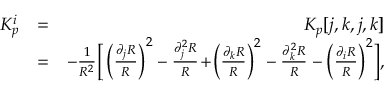
\begin{array} { r l r } { K _ { p } ^ { i } } & { = } & { K _ { p } [ j , k , j , k ] } \\ & { = } & { - \frac { 1 } { R ^ { 2 } } \bigg [ \left( \frac { \partial _ { j } R } { R } \right) ^ { 2 } - \frac { \partial _ { j } ^ { 2 } R } { R } \! + \! \left( \frac { \partial _ { k } R } { R } \right) ^ { 2 } - \frac { \partial _ { k } ^ { 2 } R } { R } - \left( \frac { \partial _ { i } R } { R } \right) ^ { 2 } \! \bigg ] , } \end{array}